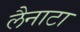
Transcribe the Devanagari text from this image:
लैनाटा